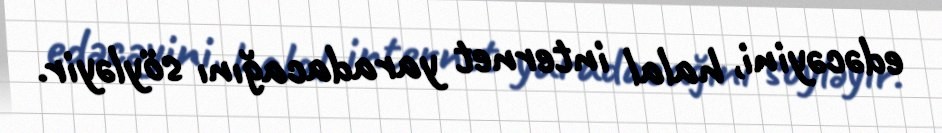
edəcəyini, halal internet yaradacağını söyləyir.